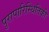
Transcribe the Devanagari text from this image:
पुरापारिस्थितिकी